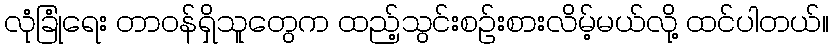
လုံခြုံရေး တာဝန်ရှိသူတွေက ထည့်သွင်းစဉ်းစားလိမ့်မယ်လို့ ထင်ပါတယ်။